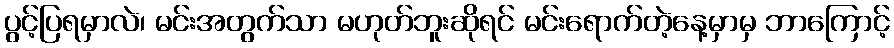
ပွင့်ပြရမှာလဲ၊ မင်းအတွက်သာ မဟုတ်ဘူးဆိုရင် မင်းရောက်တဲ့နေ့မှာမှ ဘာကြောင့်